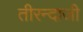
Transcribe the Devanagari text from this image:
तीरन्दाजी